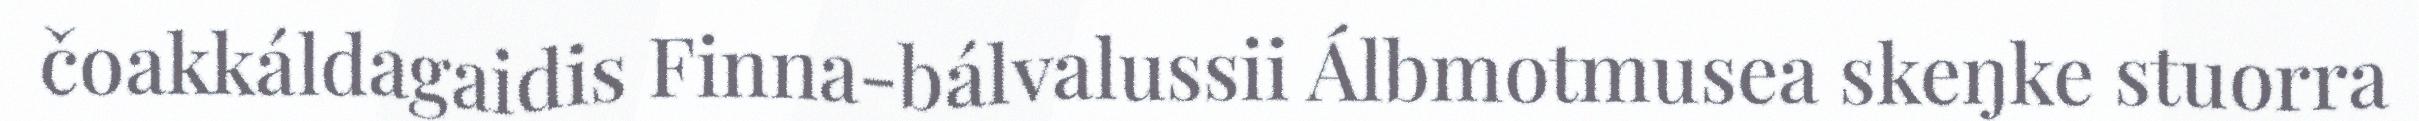
čoakkáldagaidis Finna-bálvalussii Álbmotmusea skeŋke stuorra